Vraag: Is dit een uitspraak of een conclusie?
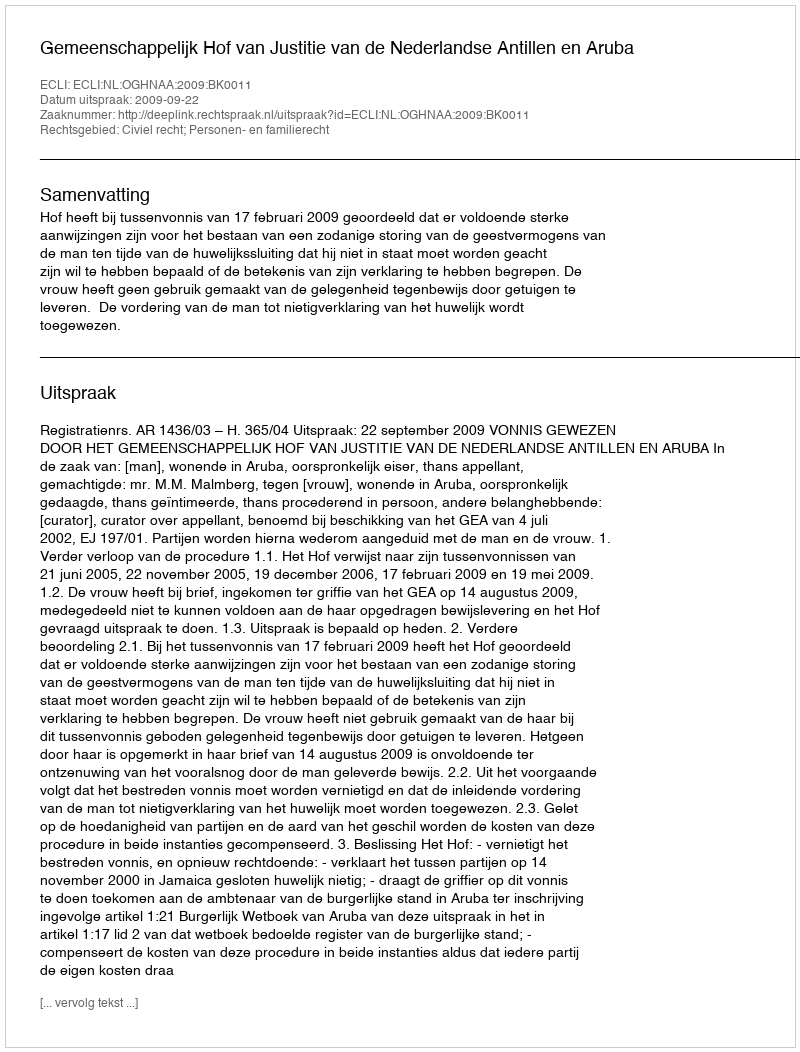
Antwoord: Uitspraak